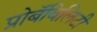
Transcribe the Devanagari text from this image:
प्रोबॅबिलिटी